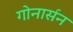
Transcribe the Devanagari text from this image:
गोनार्सन